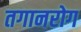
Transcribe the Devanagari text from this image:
तगानरोग